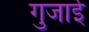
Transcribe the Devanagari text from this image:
गुजाई